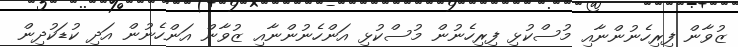
ޒުވާން ފިރިހެނުންނާއި މުސްކުޅި ފިރިހެނުން މުސްކުޅި އަންހެނުންނާއި ޒުވާން އަންހެނުން އަދި ކުޑަކުދިން